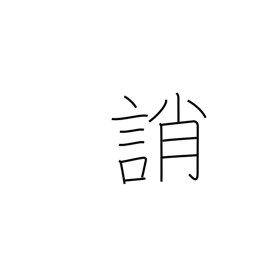
Meaning: blame